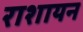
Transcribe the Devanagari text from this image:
राशायन